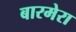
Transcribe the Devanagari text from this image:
बारमेरा